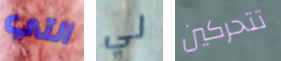
التي لي تتحركين